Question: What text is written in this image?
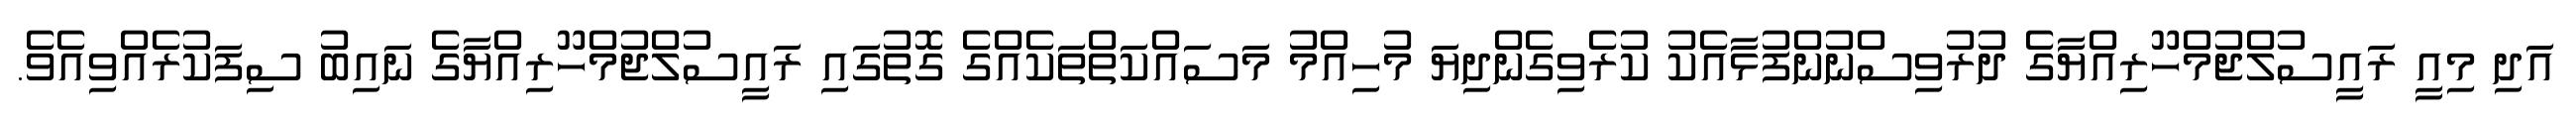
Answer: އަދި މިއީ ރައީސުލްޖުމްހޫރިއްޔާގެ ދުރުވިސްނުންފުޅާއެކު ކުރެވިގެންދިޔަ މުހިއްމު މަސައްކަތްތަކެއްގެ ގޮތުގައި ރައީސުލްޖުމްހޫރިއްޔާގެ ނައިބު ސިފަކުރެއްވިއެވެ.